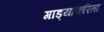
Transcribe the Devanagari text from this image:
गाड्यांकरिता